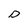
Character: D